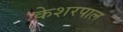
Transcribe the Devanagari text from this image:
केशरपाल